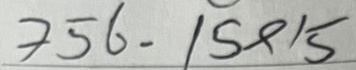
756 = ๅถปๅถ